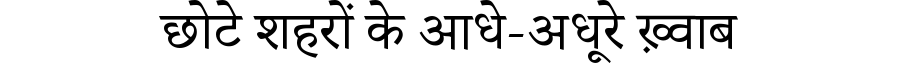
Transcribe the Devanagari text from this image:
छोटे शहरों के आधे-अधूरे ख़्वाब